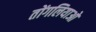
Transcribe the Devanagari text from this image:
तोंगलियाओ